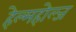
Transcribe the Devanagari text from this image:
हेल्महोल्ज